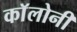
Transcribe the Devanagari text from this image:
काॅलोनी